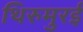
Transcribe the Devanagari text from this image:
थिरुमुरई